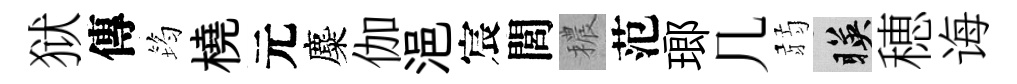
狱傳筠橈元麋伽浥宸閭穠范瑯几弱暎穂诲